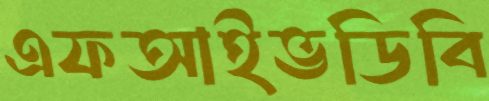
এফআইভডিবি